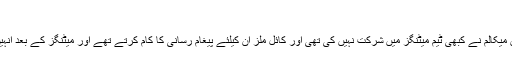
“
انہوں نے مزید کہا کہ ”برینڈن میکالم نے کبھی ٹیم میٹنگز میں شرکت نہیں کی تھی اور کائل ملز ان کیلئے پیغام رسانی کا کام کرتے تھے اور میٹنگز کے بعد انہیں تفصیلات فراہم کرتے تھے۔